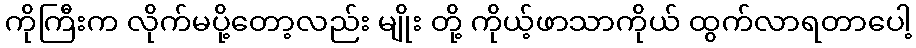
ကိုကြီးက လိုက်မပို့တော့လည်း မျိုး တို့ ကိုယ့်ဖာသာကိုယ် ထွက်လာရတာပေါ့